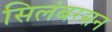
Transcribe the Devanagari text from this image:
सिलंबरसन